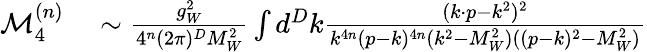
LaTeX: \begin{array}{rl}{\mathcal{M}_{4}^{(n)}}&{{}\sim\frac{g_{W}^{2}}{4^{n}(2\pi)^{D}M_{W}^{2}}\int d^{D}k\frac{(k\cdot p-k^{2})^{2}}{k^{4n}(p-k)^{4n}(k^{2}-M_{W}^{2})((p-k)^{2}-M_{W}^{2})}}\end{array}